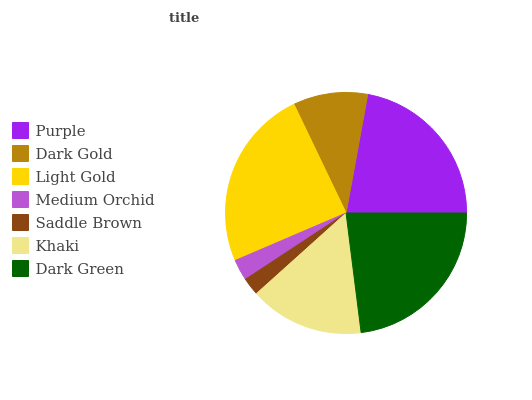
| Purple | Dark Gold | Light Gold | Medium Orchid | Saddle Brown | Khaki | Dark Green |
 | --- | --- | --- | --- | --- | --- | --- |
 | 22.1% | 9.97% | 24.3% | 2.83% | 2.39% | 15.3% | 23.1% |